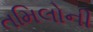
તમિલોની